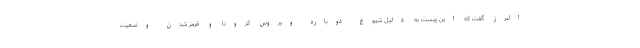
البرز گفت که این پیست به دلیل شیوع دوباره ویروس کرونا و قرمز شدن وضعیت